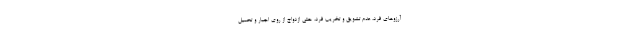
آرزوهای فرد، عدم تشویق و تخریب فرد، حتی ازدواج از روی اجبار و تحمیل